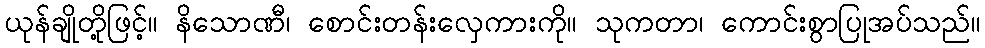
ယုန်ချိုတို့ဖြင့်။ နိသောဏီ၊ စောင်းတန်းလှေကားကို။ သုကတာ၊ ကောင်းစွာပြုအပ်သည်။